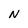
Character: N